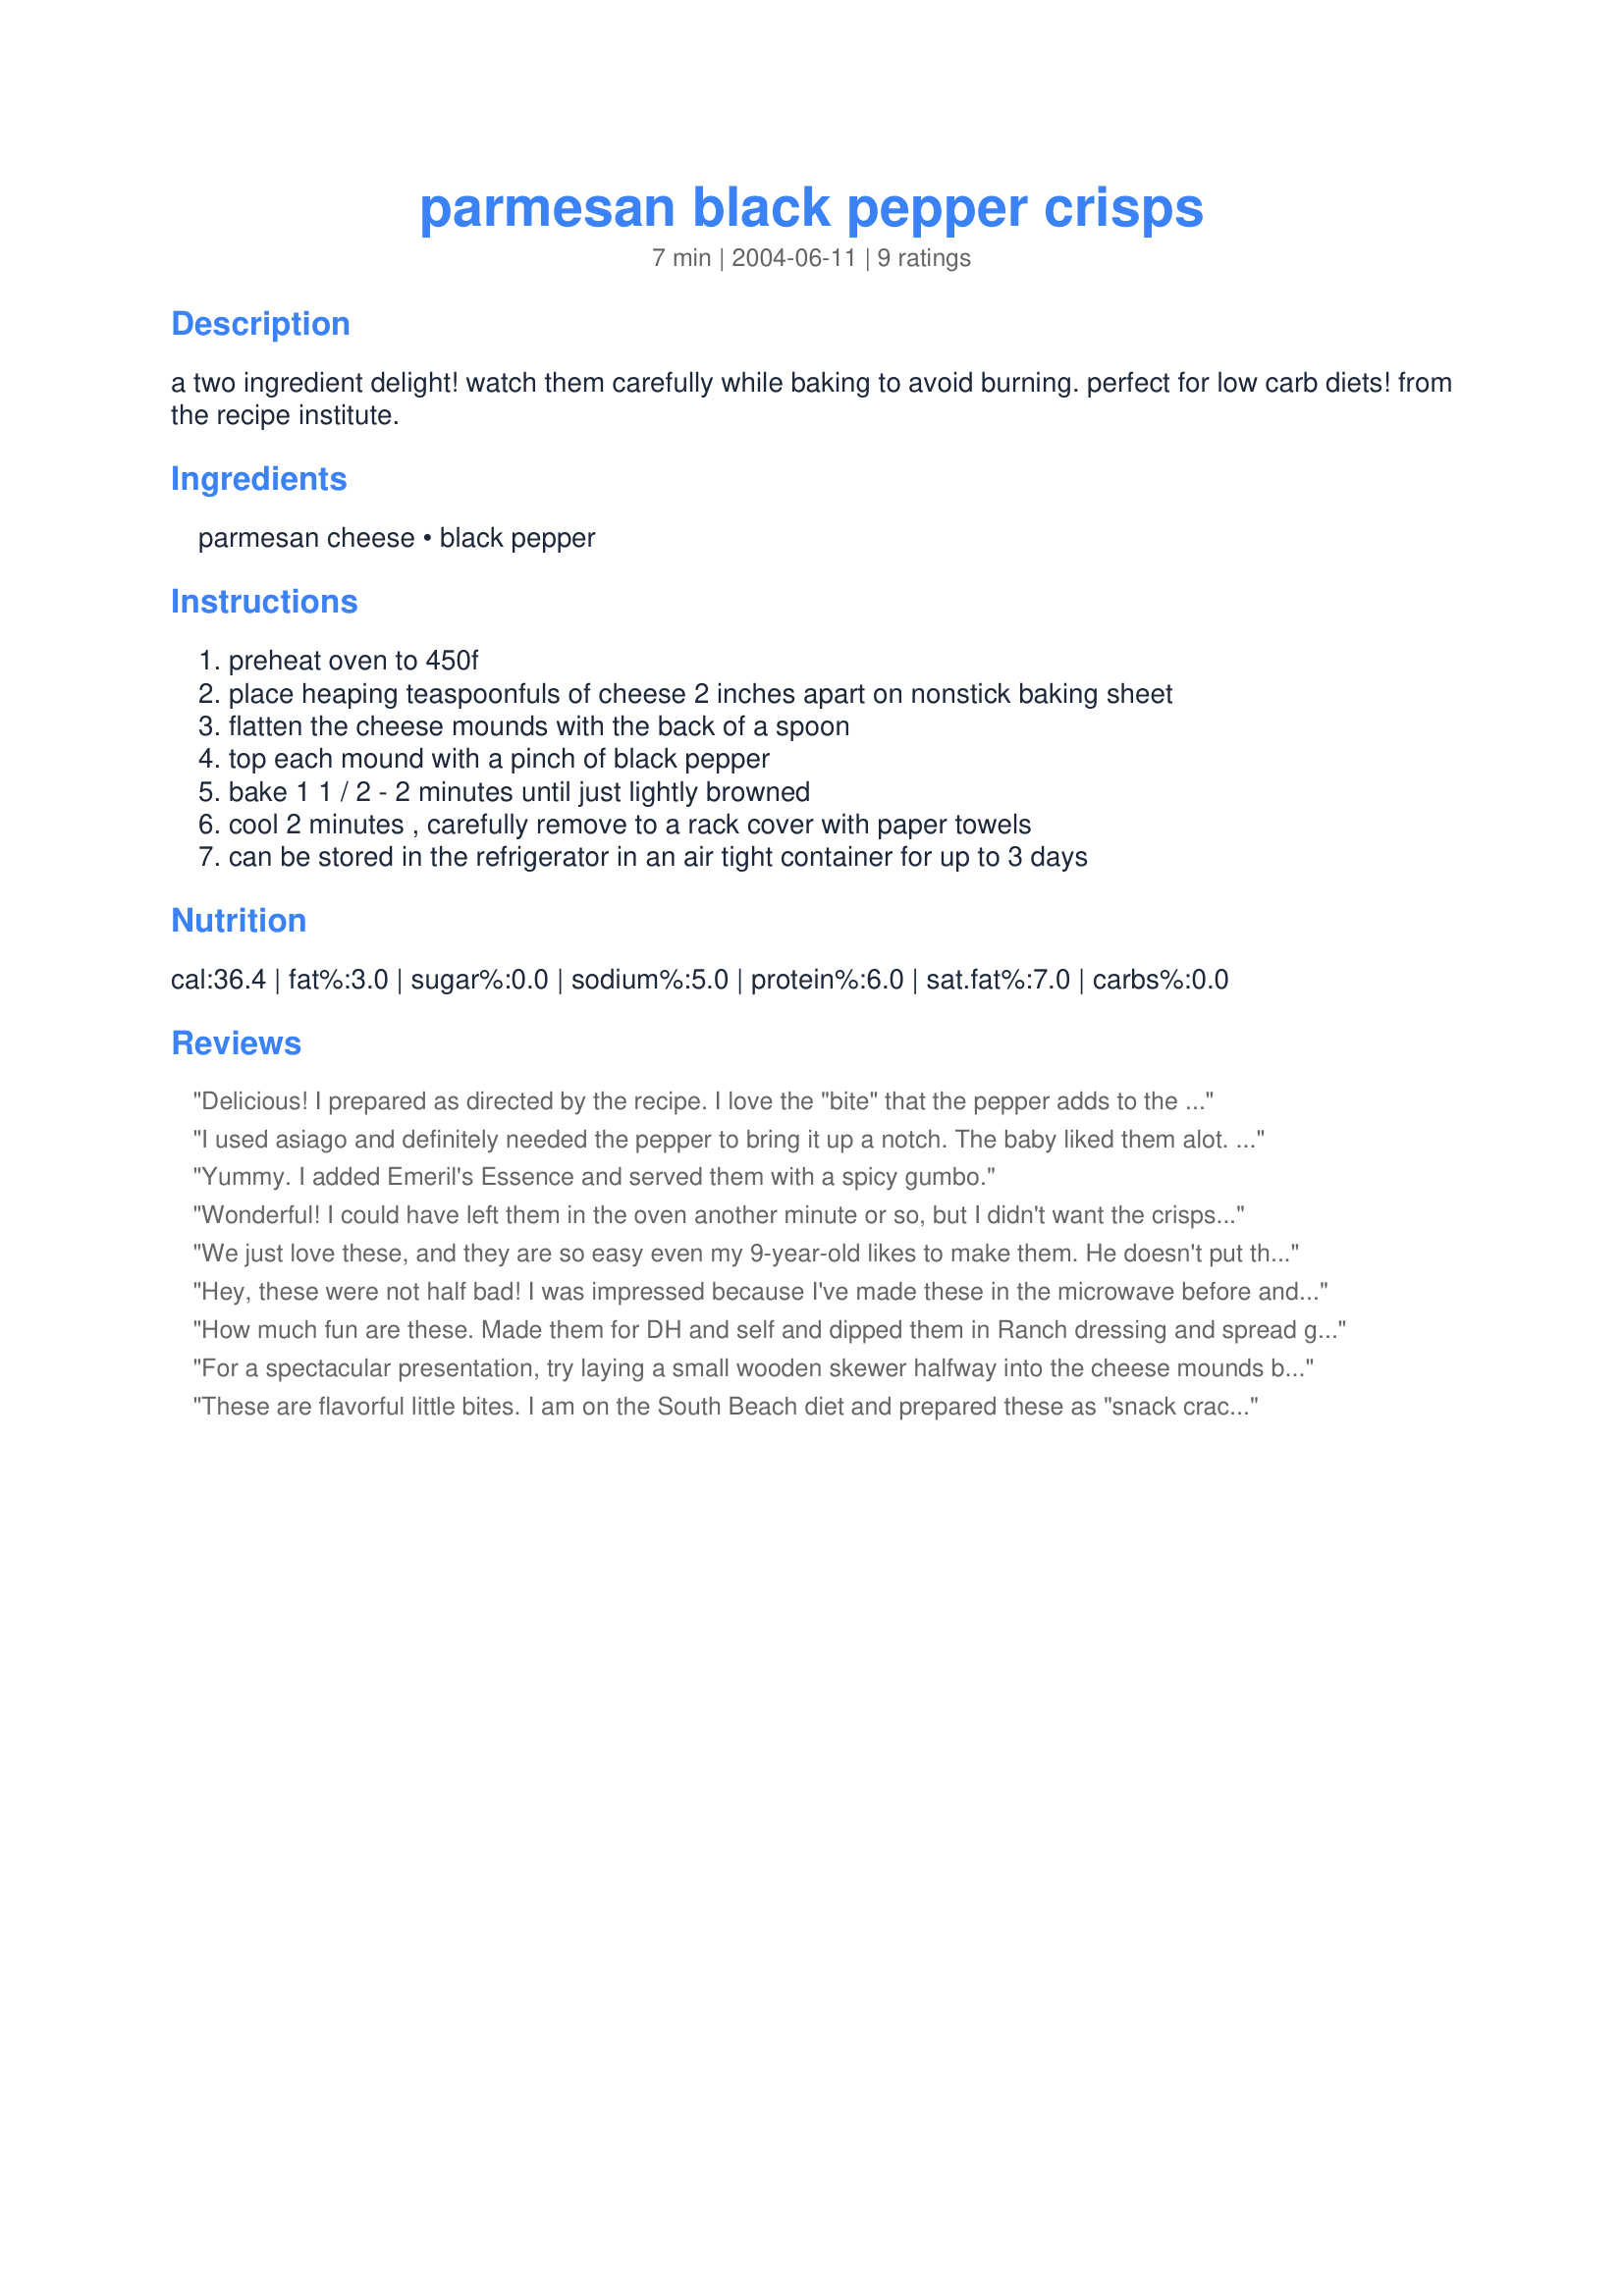
parmesan black pepper crisps
Preparation time: 7 minutes

a two ingredient delight! watch them carefully while baking to avoid burning. perfect for low carb diets! from the recipe institute.

Ingredients:
parmesan cheese, black pepper

Steps:
preheat oven to 450f, place heaping teaspoonfuls of cheese 2 inches apart on nonstick baking sheet, flatten the cheese mounds with the back of a spoon, top each mound with a pinch of black pepper, bake 1 1 / 2 - 2 minutes until just lightly browned, cool 2 minutes , carefully remove to a rack cover with paper towels, can be stored in the refrigerator in an air tight container for up to 3 days

Reviews:
Delicious! I prepared as directed by the recipe. I love the "bite" that the pepper adds to the cheese. DH was late getting home, so I left what few I could resist eating on the stove with the recipe beside the plate so he would know what he was eating. This morning he said how good they were, so I will be making them again soon! I love MsBold's suggestions about serving with soup and using different cheeses. Thanks Lorac! Oh I have to add, so easy and quick to prepare! Took my oven longer to preheat that to prepare these! LOL!
I used asiago and definitely needed the pepper to bring it up a notch. The baby liked them alot. Just be sure to keep an eye on them because they do burn quickly as I learnt with one panful.
Yummy. I added Emeril's Essence and served them with a spicy gumbo.
Wonderful! I could have left them in the oven another minute or so, but I didn't want the crisps to burn. I should have spread out the cheese mounds a little bit more than I did, but the end result was still good. I topped half the crisps with a little bit of salsa to serve.
We just love these, and they are so easy even my 9-year-old likes to make them. He doesn't put the pepper on his, but I love the kick the pepper gives.I made these after seeing Alton Brown make them on Food Network. A little trick he suggested if you would like a presentation that is a little different: allow them to cool a bit, but while they are still pliable wrap them around something that would make them a different shape (e.g. cylinder, cup). They will retain that shape after they are completely cool and crisp. You can also fill them. Anyway, these are fantastic--thanks for posting the recipe!
Hey, these were not half bad! I was impressed because I've made these in the microwave before and didnt care much for them. I used plain parmesan and a tad of black pepper. Next time I think I will add a sprinkle of lemon-pepper seasoning instead. These would definately be good with cheese, veggies, salsa or deli meat piled on top. I ate mine plain. Thanks for posting.
How much fun are these. Made them for DH and self and dipped them in Ranch dressing and spread goat cheese over them. They were great served with celery and carrots, with dips and spreads. In-laws loved them as well. Thank you so much for sharing this.
For a spectacular presentation, try laying a small wooden skewer halfway into the cheese mounds before cooking. When cooled, they will present like lollipops. I inserted them into a wine glass filled with red-coloured sand for a Christmas cocktail party last year, next to some melon balls threaded with prosciutto (also on skewers). Rave reviews guaranteed.
These are flavorful little bites. I am on the South Beach diet and prepared these as "snack crackers" for me when friends drop by for drinks and appys. I used a 4-cheese blend of aged provolone, parmesan, asiago and romano cheese and ground some lemon and pepper blend over the cheeses. Very delicious! My hubby thought that they would be a good addition to tomato soup, instead of regular crackers.
